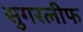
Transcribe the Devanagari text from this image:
सुगरलीफ